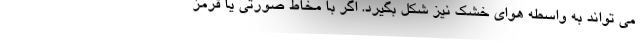
می تواند به واسطه هوای خشک نیز شکل بگیرد. اگر با مخاط صورتی یا قرمز